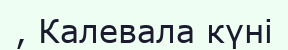
, Калевала күні